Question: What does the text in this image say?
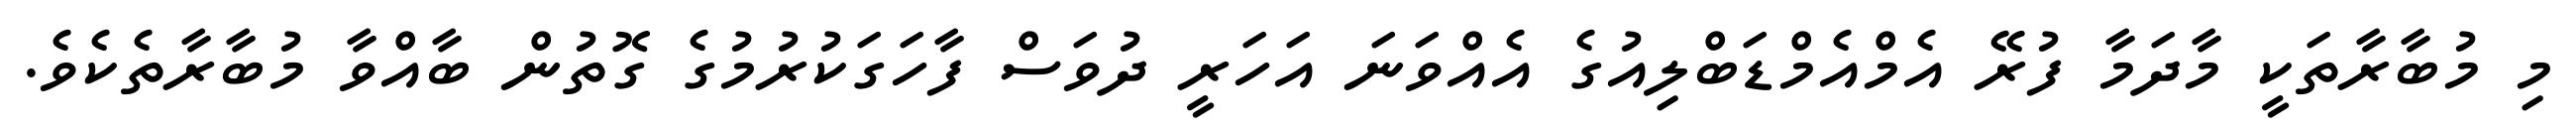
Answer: މި މުބާރާތަކީ މާދަމާ ފުރޭ އެމްއެމްޑަބްލިއުގެ އެއްވަނަ އަހަރީ ދުވަސް ފާހަގަކުރުމުގެ ގޮތުން ބާއްވާ މުބާރާތެކެވެ.